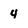
Character: 4